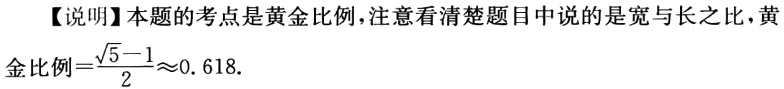
【说明】本题的考点是黄金比例，注意看清楚题目中说的是宽与长之比，黄金比例\(=\frac{\sqrt{5}-1}{2}\approx0.618\).